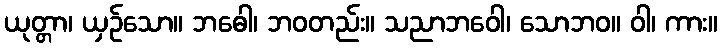
ယုတ္တာ၊ ယှဉ်သော။ ဘဓေါ၊ ဘဝတည်း။ သညာဘဝေါ၊ သောဘဝ။ ဝါ၊ ကား။